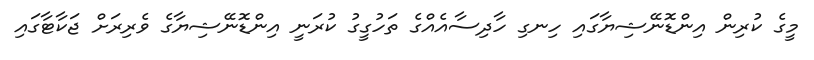
މީގެ ކުރިން އިންޑޮނޭޝިޔާގައި ހިނގި ހާދިސާއެއްގެ ތަހުގީގު ކުރަނީ އިންޑޮނޭޝިޔާގެ ވެރިރަށް ޖަކާޓާގައި